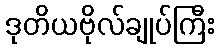
ဒုတိယဗိုလ်ချုပ်ကြီး